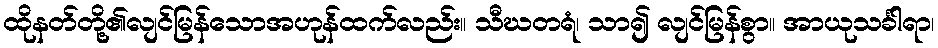
ထိုနတ်တို့၏လျင်မြန်သောအဟုန်ထက်လည်း။ သီဃတရံ၊ သာ၍ လျင်မြန်စွာ။ အာယုသင်္ခါရာ၊